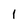
Character: 1